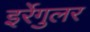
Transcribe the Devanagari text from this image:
इर्रेगुलर